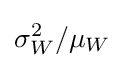
\sigma _{W}^{2}/\mu _{W}